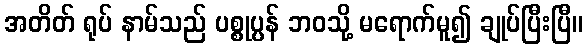
အတိတ် ရုပ် နာမ်သည် ပစ္စုပ္ပန် ဘဝသို့ မရောက်မူ၍ ချုပ်ပြီးပြီ။